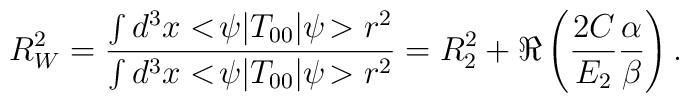
R_W^2 = {\int d^3x <\!\psi|T_{00}|\psi\!> r^2 \over \int d^3x <\!\psi|T_{00}|\psi\!> r^2}	= R_2^2 + \Re\left({2C\over E_2}{\alpha\over\beta}\right).